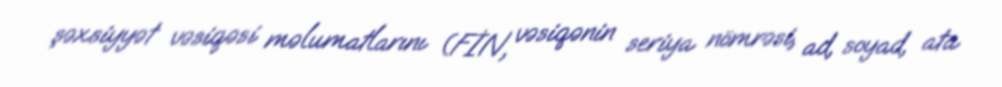
şəxsiyyət vəsiqəsi məlumatlarını (FİN, vəsiqənin seriya nömrəsi, ad, soyad, ata